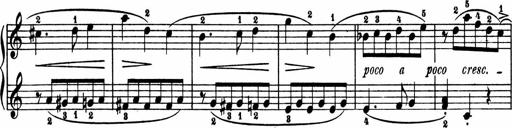
Title: 2 Sonatinen
Composer: Lambertus Adrianus van Tetterode